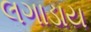
લગાડાય